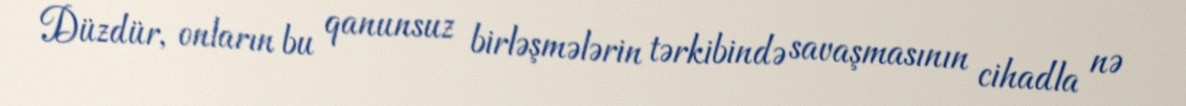
Düzdür, onların bu qanunsuz birləşmələrin tərkibində savaşmasının cihadla nə